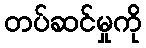
တပ်ဆင်မှုကို